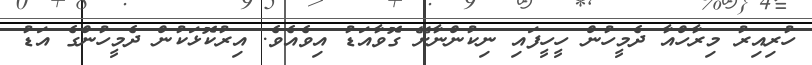
ހުރިއިރު މިރާހްއާ ދެމީހުން ހީހީފައި ނިކުންނާށޭ ގޮވާއަޑު އިވެއެވެ. އިރުކޮޅަކުން ދެމީހުންގެ އަޑު